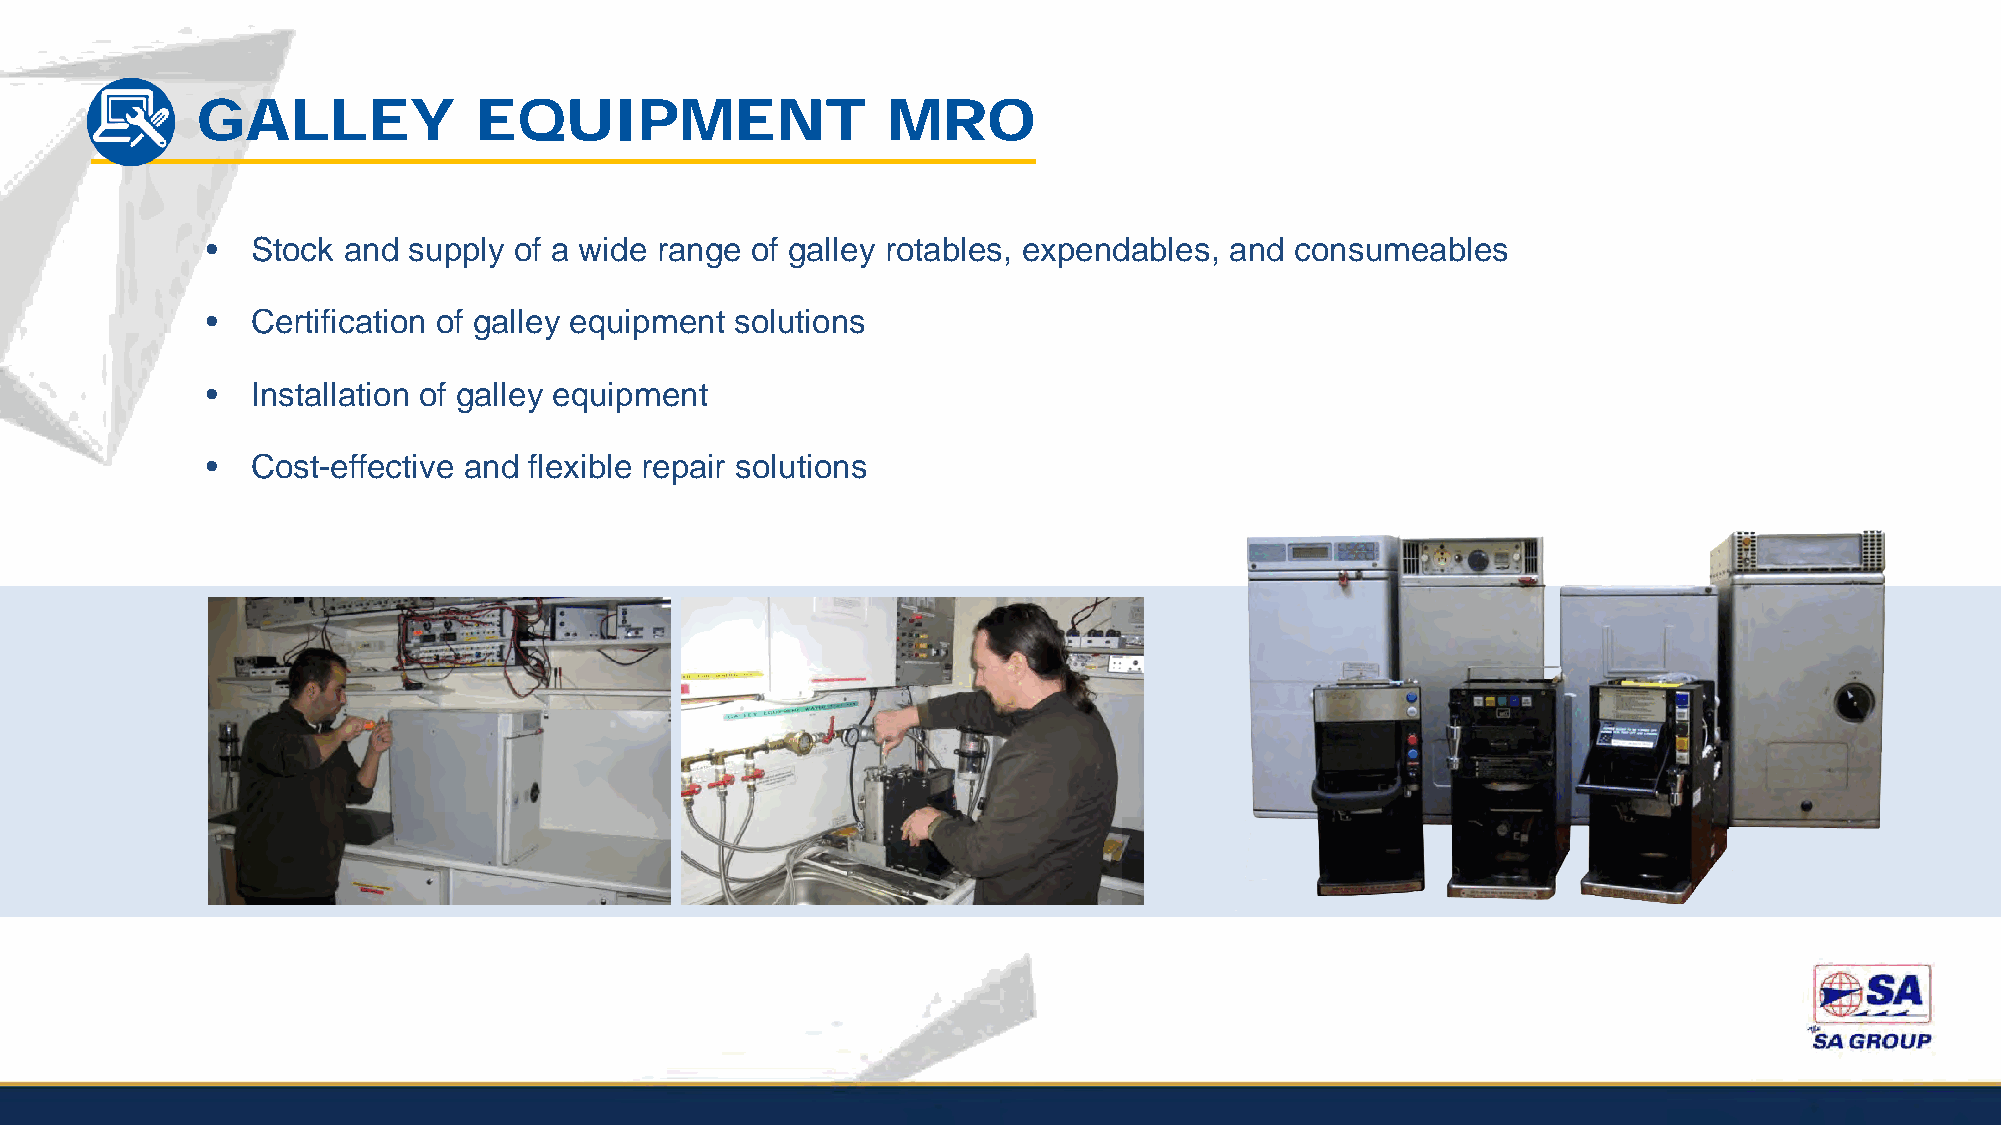
GALLEY            EQUIPMENT                   MRO
 •  Stock and supply of a wide range of galley rotables, expendables, and consumeables
 •  Certification of galley equipment solutions
 •  Installation of galley equipment
 •  Cost-effective and flexible repair solutions